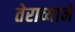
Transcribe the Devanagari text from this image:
तेराव्याने